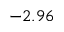
- 2 . 9 6